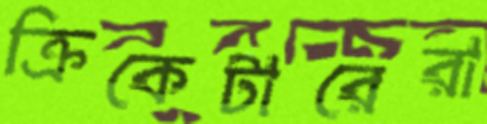
ক্রিকেটারেরা